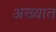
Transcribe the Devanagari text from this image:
अख्यात